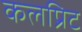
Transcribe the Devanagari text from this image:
कलप्रिट